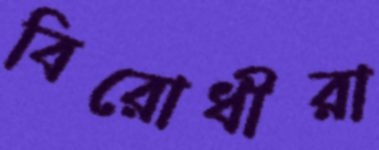
বিরোধীরা